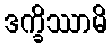
ဒက္ခိဿာမိ